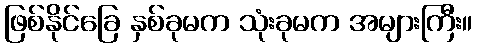
ဖြစ်နိုင်ခြေ နှစ်ခုမက သုံးခုမက အများကြီး။